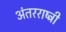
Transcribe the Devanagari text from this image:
अंतरराष्ट्री